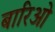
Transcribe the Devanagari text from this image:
बारिओ